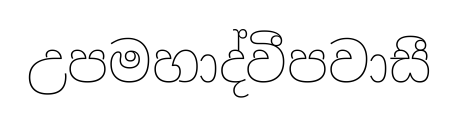
උපමහාද්වීපවාසී